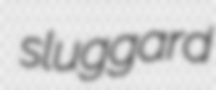
sluggard